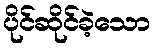
ပိုင်ဆိုင်ခဲ့သော